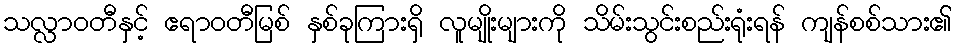
သလ္လာဝတီနှင့် ဧရာဝတီမြစ် နှစ်ခုကြားရှိ လူမျိုးများကို သိမ်းသွင်းစည်းရုံးရန် ကျန်စစ်သား၏